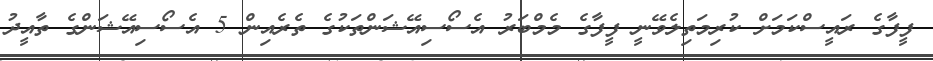
ފީފާގެ ރައީސްކަމަށް ކުރިމަތިލެވޭނީ ފީފާގެ މެމްބަރު އެސޯސިއޭޝަންތަކުގެ ތެރެއިން 5 އެސޯސިއޭޝަންގެ ތާއީދު